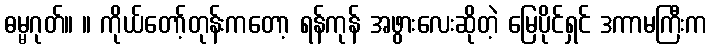
ဓမ္မဂုတ်။ ။ ကိုယ်တော့်တုန်းကတော့ ရန်ကုန် အဖွားလေးဆိုတဲ့ မြေပိုင်ရှင် ဒကာမကြီးက